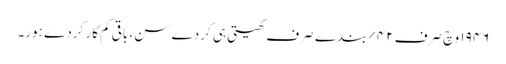
١٩٤٦ وچ صرف ٤٢% بندے صرف کھیتی ہی کردے سن، باقی کم کار کردے ہور۔